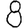
Digit: 8